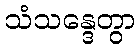
သံသန္ဒေတွာ